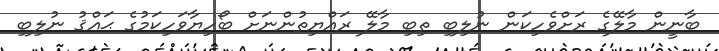
ބާނީން މާލޭގެ ރަށްވެހިކަން ނުލިބި ތިބި މާލޭ ރައްޔިތުންނަށް ބޯހިޔާވަހިކަމުގެ ޙައްޤު ނުލިބި